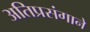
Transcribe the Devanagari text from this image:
अतिप्रसंगाने